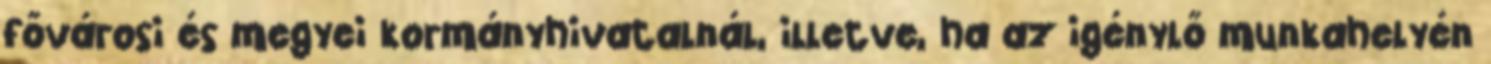
fővárosi és megyei kormányhivatalnál, illetve, ha az igénylő munkahelyén